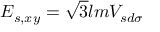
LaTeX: E _ { s , x y } = { \sqrt { 3 } } l m V _ { s d \sigma }